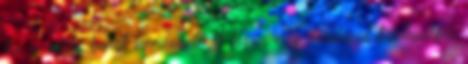
ha a zsidó barát természeténél fogva még ráadásul tisztességes